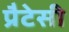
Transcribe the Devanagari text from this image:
प्रैटेसी